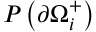
P \left( \partial \Omega _ { i } ^ { + } \right)